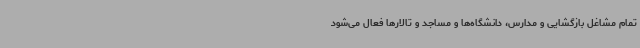
تمام مشاغل بازگشایی و مدارس، دانشگاه‌ها و مساجد و تالارها فعال می‌شود